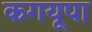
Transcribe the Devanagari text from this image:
कगयूपा